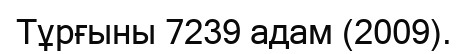
Тұрғыны 7239 адам (2009).